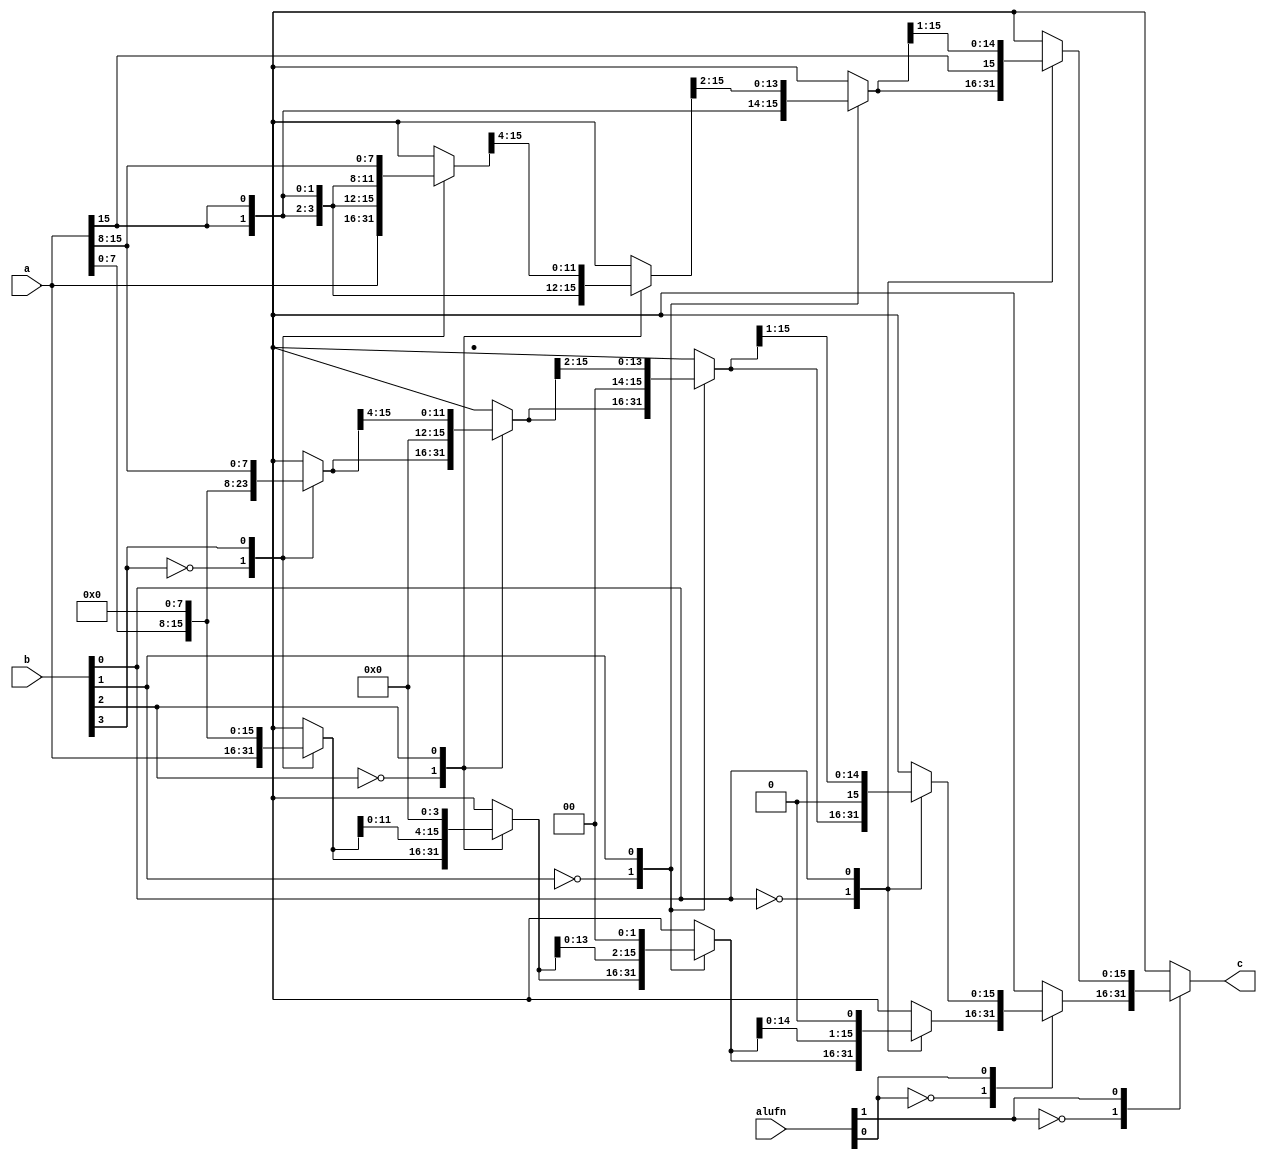
module shift_14 (
    input [5:0] alufn,
    input [15:0] a,
    input [3:0] b,
    output reg [15:0] c
  );
  
  
  
  reg [15:0] w_shl;
  reg [15:0] x_shl;
  reg [15:0] y_shl;
  reg [15:0] z_shl;
  reg [15:0] w_shr;
  reg [15:0] x_shr;
  reg [15:0] y_shr;
  reg [15:0] z_shr;
  reg [15:0] w_sha;
  reg [15:0] x_sha;
  reg [15:0] y_sha;
  reg [15:0] z_sha;
  
  always @* begin
    w_shl = 16'h0000;
    x_shl = 16'h0000;
    y_shl = 16'h0000;
    z_shl = 16'h0000;
    w_shr = 16'h0000;
    x_shr = 16'h0000;
    y_shr = 16'h0000;
    z_shr = 16'h0000;
    w_sha = 16'h0000;
    x_sha = 16'h0000;
    y_sha = 16'h0000;
    z_sha = 16'h0000;
    c = 16'h0000;
    
    case (b[3+0-:1])
      1'h0: begin
        w_shl = a;
        w_shr = a;
        w_sha = a;
      end
      1'h1: begin
        w_shl = {a[0+7-:8], 8'h00};
        w_shr = {8'h00, a[8+7-:8]};
        w_sha = {{4'h8{a[15+0-:1]}}, a[8+7-:8]};
      end
    endcase
    
    case (b[2+0-:1])
      1'h0: begin
        x_shl = w_shl;
        x_shr = w_shr;
        x_sha = w_sha;
      end
      1'h1: begin
        x_shl = {w_shl[0+11-:12], 4'h0};
        x_shr = {4'h0, w_shr[4+11-:12]};
        x_sha = {{3'h4{a[15+0-:1]}}, w_sha[4+11-:12]};
      end
    endcase
    
    case (b[1+0-:1])
      1'h0: begin
        y_shl = x_shl;
        y_shr = x_shr;
        y_sha = x_sha;
      end
      1'h1: begin
        y_shl = {x_shl[0+13-:14], 2'h0};
        y_shr = {2'h0, x_shr[2+13-:14]};
        y_sha = {{2'h2{a[15+0-:1]}}, x_sha[2+13-:14]};
      end
    endcase
    
    case (b[0+0-:1])
      1'h0: begin
        z_shl = y_shl;
        z_shr = y_shr;
        z_sha = y_sha;
      end
      1'h1: begin
        z_shl = {y_shl[0+14-:15], 1'h0};
        z_shr = {1'h0, y_shr[1+14-:15]};
        z_sha = {a[15+0-:1], y_sha[1+14-:15]};
      end
    endcase
    
    case (alufn[1+0-:1])
      1'h0: begin
        
        case (alufn[0+0-:1])
          1'h0: begin
            c = z_shl;
          end
          1'h1: begin
            c = z_shr;
          end
        endcase
      end
      1'h1: begin
        c = z_sha;
      end
    endcase
  end
endmodule